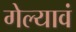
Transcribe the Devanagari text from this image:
गेल्यावं